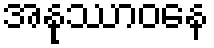
အနုဿာဝနေ